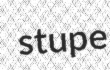
stupe